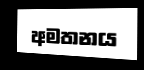
අමතනය